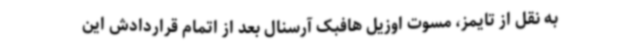
به نقل از تایمز، مسوت اوزیل هافبک آرسنال بعد از اتمام قراردادش این